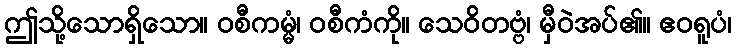
ဤသို့သောရှိသော။ ဝစီကမ္မံ၊ ဝစီကံကို။ သေဝိတဗ္ဗံ၊ မှီဝဲအပ်၏။ ဧဝရူပံ၊